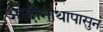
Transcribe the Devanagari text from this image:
आदीनाथापासुन